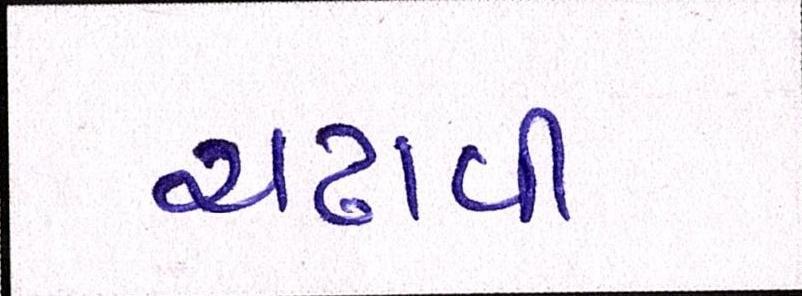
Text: ચઢાવી